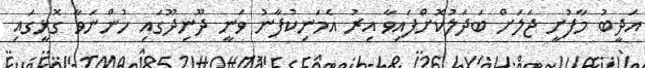
އަދީބު މާފުށީ ޖަލަށް ބަދަލުކޮށްފައިވާ އިރު އެމަނިކުފާނު ވަނީ ދޫނިދޫގައި ހުންނަވާ ގޮޅީގައި